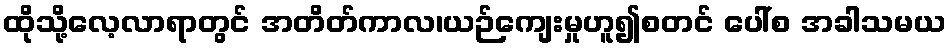
ထိုသို့လေ့လာရာတွင် အတိတ်ကာလ၊ယဉ်ကျေးမှုဟူ၍စတင် ပေါ်စ အခါသမယ